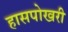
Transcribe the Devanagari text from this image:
हासपोखरी